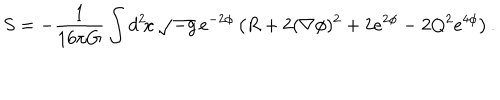
S = - \frac { 1 } { 1 6 \pi G } \int d ^ { 2 } \! x \, \sqrt { - g } \, e ^ { - 2 \phi } \left( R + 2 ( \nabla \phi ) ^ { 2 } + 2 e ^ { 2 \phi } - 2 Q ^ { 2 } e ^ { 4 \phi } \right) .